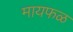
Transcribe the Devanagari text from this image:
मायफळ